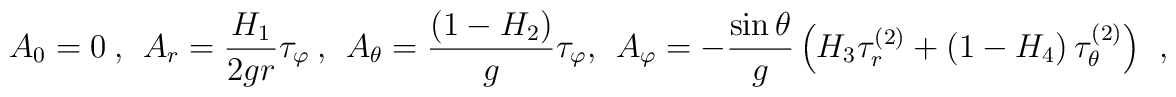
A_0 = 0\ , \ \ A_r =\frac{H_1}{2gr}\tau_\varphi\ , \ \ A_\theta = \frac{\left(1-H_2\right)}{g} \tau_\varphi, \ \ A_\varphi = -\frac{\sin\theta}{g}\left(H_3 \tau^{(2)}_r+\left(1-H_4\right)\tau^{(2)}_\theta\right)\  \ ,